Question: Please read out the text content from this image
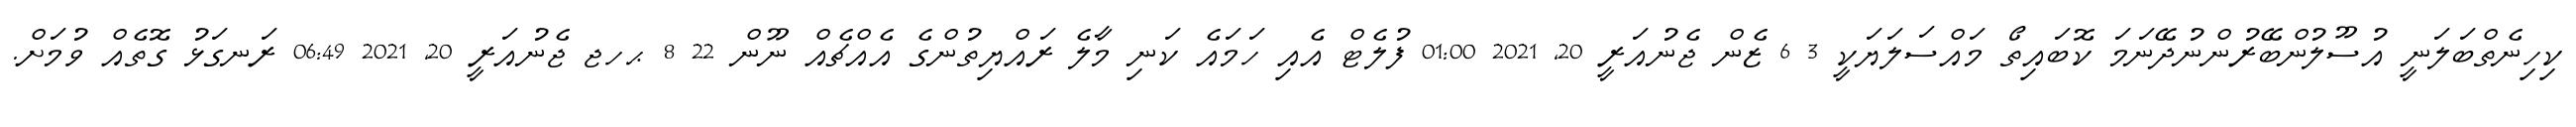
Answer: ކިހިނެތްބަލަނީ އުސޫލުންބޭރުންނުދޭނަމަ ކޮބައިތޯ މައްސަލަޔަކީ 3 6 ޒެން ޖެނުއަރީ 20, 2021 01:00 ފުލެޓް އެއި ހަމައެ ކަނި މާލެ ރައްޔިތުންގެ އެއްޗެއް ނޫން 22 8 ޙހޖ ޖެނުއަރީ 20, 2021 06:49 ރަނގަޅު ގޮތެއް ވުމަށް.